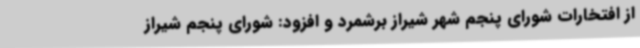
از افتخارات شورای پنجم شهر شیراز برشمرد و افزود: شورای پنجم شیراز